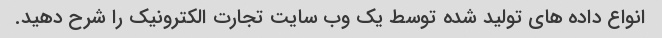
انواع داده های تولید شده توسط یک وب سایت تجارت الکترونیک را شرح دهید.